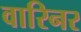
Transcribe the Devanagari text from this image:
वारिनर